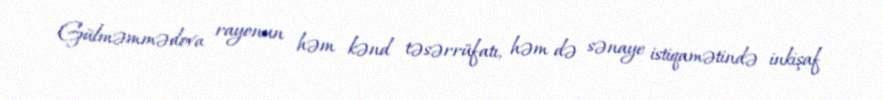
Gülməmmədova rayonun həm kənd təsərrüfatı, həm də sənaye istiqamətində inkişaf